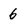
Character: 6